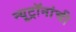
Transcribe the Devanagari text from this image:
न्यूट्रॉनांची